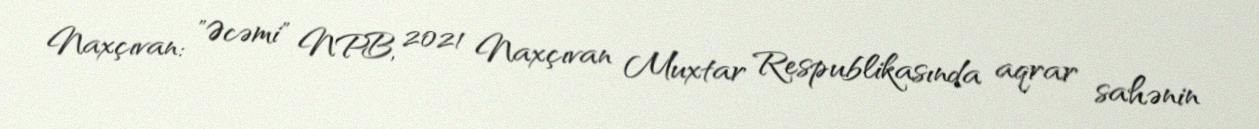
Naxçıvan: "Əcəmi" NPB, 2021 Naxçıvan Muxtar Respublikasında aqrar sahənin